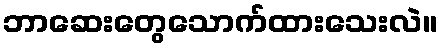
ဘာဆေးတွေသောက်ထားသေးလဲ။